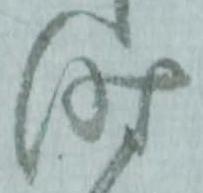
時